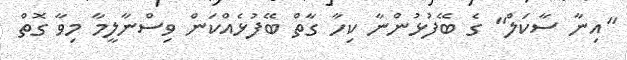
"އިނާ ސާކަލް" ގެ ބޭފުޅުންނާ ކިހާ ގާތް ބޭފުޅެއްކަން ވިސްނާލީމާ މިވާ ގޮތް